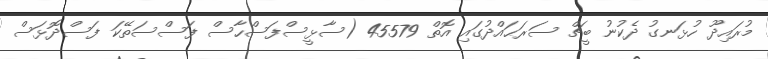
މުރައިދޫ ހުޅަނގު ދެކުނު ބީޗް ސަރަޙައްދުގައި އޮތް 45579 (ސާޅީސްފަސްހާސް ފަސްސަތޭކަ ފަސްދޮޅަސް